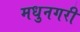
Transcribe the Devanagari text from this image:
मधुनगरी